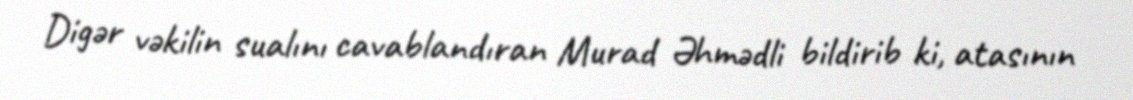
Digər vəkilin sualını cavablandıran Murad Əhmədli bildirib ki, atasının